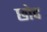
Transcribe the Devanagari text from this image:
छोद